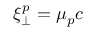
\xi _ { \perp } ^ { p } = \mu _ { p } c